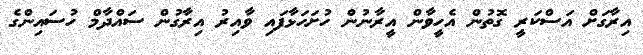
އިރާގަށް އަސްކަރީ ގޮތުން އެހީވާން އީރާނުން ހުށަހަޅާފައި ވާއިރު އިރާގުން ސައްދާމް ހުސައިންގެ